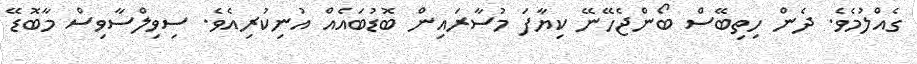
ގެއްލުމެވެ. ދެން ހިތިބޭސް ބޯންޖެހޭނޭ ކިޔާފަ މުސާރައިން ބޮޑުބައެއް އުނިކުރިއެވެ. ސިވިލްސާވިސް މާބޮޑޭ